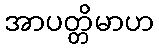
အာပတ္တိမာဟ